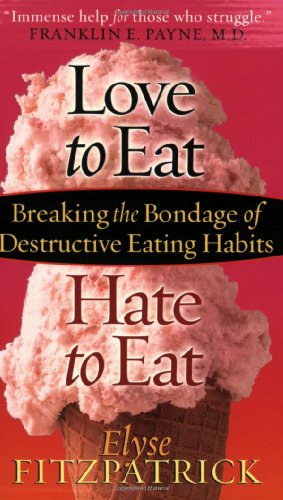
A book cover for Love to Eat, Hate to Eat: Breaking the Bondage of Destructive Eating Habits; Elyse Fitzpatrick; Self-Help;